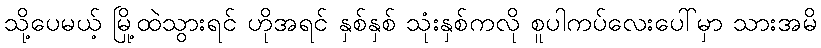
သို့ပေမယ့် မြို့ထဲသွားရင် ဟိုအရင် နှစ်နှစ် သုံးနှစ်ကလို စူပါကပ်လေးပေါ်မှာ သားအမိ